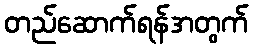
တည်ဆောက်ရန်အတွက်